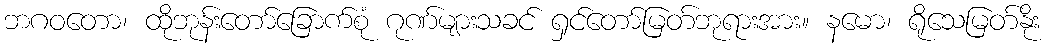
ဘဂဝတော၊ ထိုဘုန်းတော်ခြောက်စုံ ဂုဏ်များသခင် ရှင်တော်မြတ်ဘုရားအား။ နမော၊ ရိုသေမြတ်နိုး